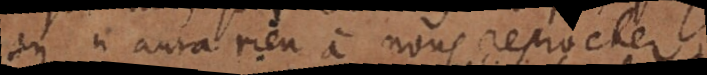
on n’aura rien à nous reprocher,